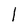
Character: 1